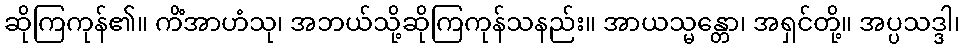
ဆိုကြကုန်၏။ ကိံအာဟံသု၊ အဘယ်သို့ဆိုကြကုန်သနည်း။ အာယသ္မန္တော၊ အရှင်တို့။ အပ္ပသဒ္ဒါ၊